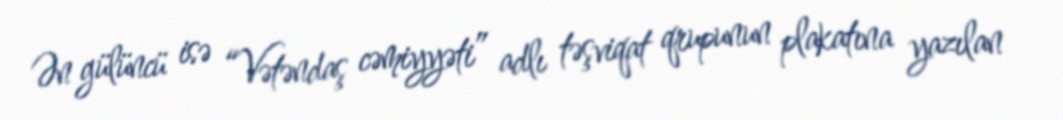
Ən gülüncü isə “Vətəndaş cəmiyyəti” adlı təşviqat qrupunun plakatına yazılan